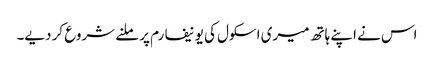
اس نے اپنے ہاتھ میری اسکول کی یونیفارم پر ملنے شروع کر دیے۔